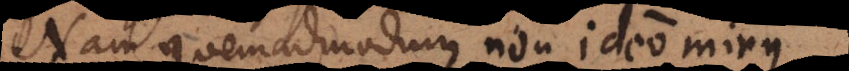
Nam quemadmodum non ideo minus